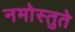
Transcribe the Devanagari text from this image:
नमोस्तुते